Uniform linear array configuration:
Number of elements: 4
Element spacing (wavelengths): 0.5
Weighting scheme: cosine
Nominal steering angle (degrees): -15
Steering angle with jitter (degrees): -15.347
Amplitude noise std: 0.05
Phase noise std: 0.05

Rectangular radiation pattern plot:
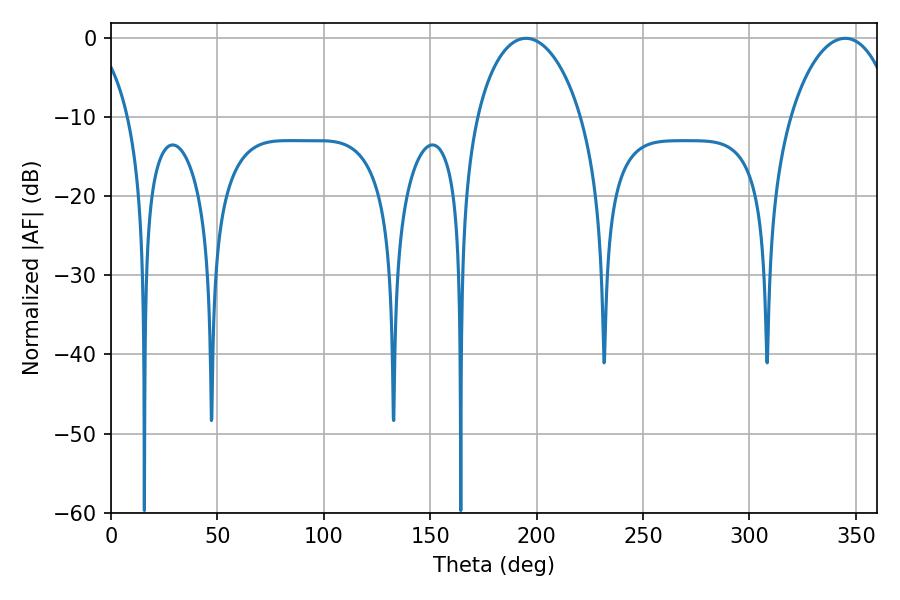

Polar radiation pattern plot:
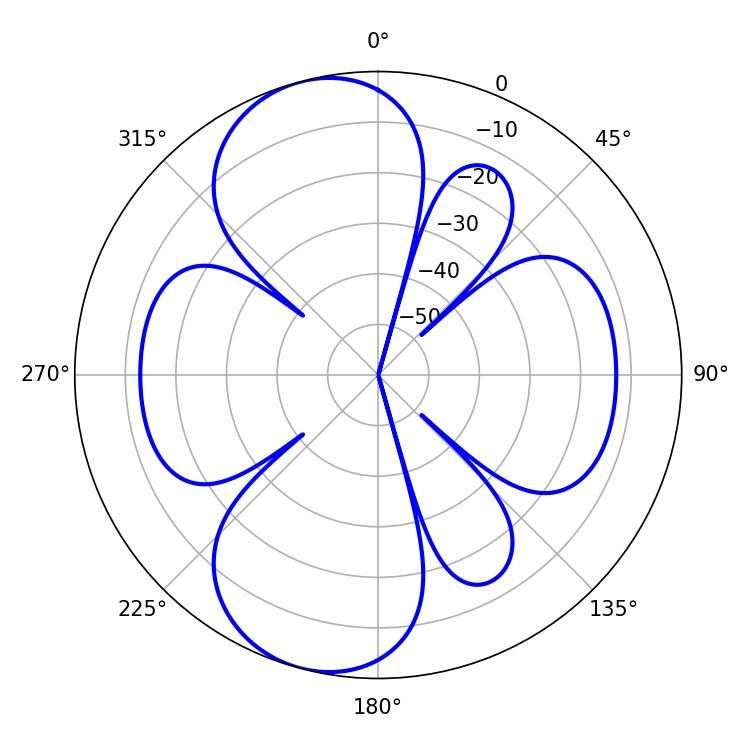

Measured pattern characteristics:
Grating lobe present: FALSE
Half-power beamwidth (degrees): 28.08
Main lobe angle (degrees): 194.94